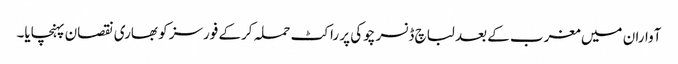
آواران میں مغرب کے بعد لباچ ڈنسر چوکی پر راکٹ حملہ کرکے فورسز کو بھاری نقصان پہنچایا۔